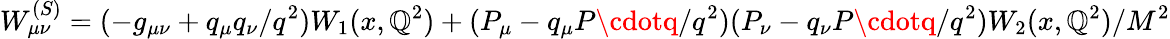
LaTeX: W_{\mu\nu}^{(S)}=(-g_{\mu\nu}+{q_{\mu}q_{\nu}}/{q^{2}})W_{1}(x,\mathbb{Q}^{2})+(P_{\mu}-q_{\mu}{P\cdotq}/{q^{2}})(P_{\nu}-q_{\nu}{P\cdotq}/{q^{2}}){W_{2}(x,\mathbb{Q}^{2})}/{M^{2}}